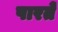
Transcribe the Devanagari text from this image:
पारतें